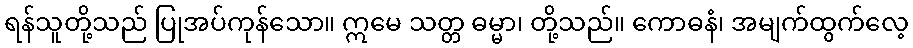
ရန်သူတို့သည် ပြုအပ်ကုန်သော။ ဣမေ သတ္တ ဓမ္မာ၊ တို့သည်။ ကောဓနံ၊ အမျက်ထွက်လေ့